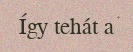
Így tehát a